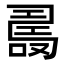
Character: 𠼡